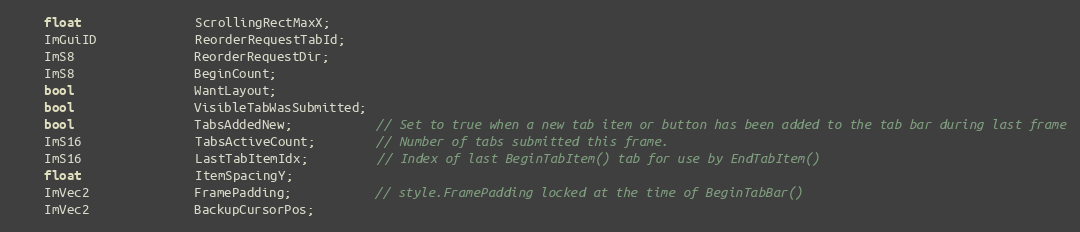
Language: C
    float               ScrollingRectMaxX;
    ImGuiID             ReorderRequestTabId;
    ImS8                ReorderRequestDir;
    ImS8                BeginCount;
    bool                WantLayout;
    bool                VisibleTabWasSubmitted;
    bool                TabsAddedNew;           // Set to true when a new tab item or button has been added to the tab bar during last frame
    ImS16               TabsActiveCount;        // Number of tabs submitted this frame.
    ImS16               LastTabItemIdx;         // Index of last BeginTabItem() tab for use by EndTabItem()
    float               ItemSpacingY;
    ImVec2              FramePadding;           // style.FramePadding locked at the time of BeginTabBar()
    ImVec2              BackupCursorPos;